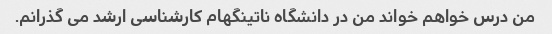
من درس خواهم خواند من در دانشگاه ناتینگهام کارشناسی ارشد می گذرانم.